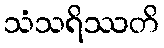
သံသရိဿတိ